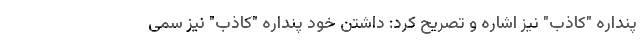
پنداره "کاذب" نیز اشاره و تصریح کرد: داشتن خود پنداره "کاذب" نیز سَمی